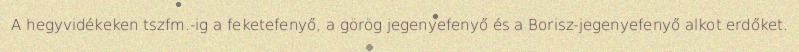
A hegyvidékeken tszfm.-ig a feketefenyő, a görög jegenyefenyő és a Borisz-jegenyefenyő alkot erdőket.